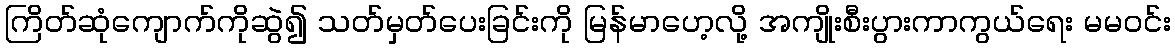
ကြိတ်ဆုံကျောက်ကိုဆွဲ၍ သတ်မှတ်ပေးခြင်းကို မြန်မာဟေ့လို့ အကျိုးစီးပွားကာကွယ်ရေး မမဝင်း